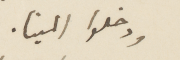
ودخلوا المينا.